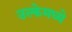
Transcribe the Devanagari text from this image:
उल्केमध्ये